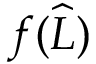
f ( \widehat { L } )